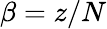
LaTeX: \beta=z/N